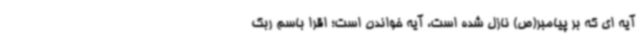
آیه ای که بر پیامبر(ص) نازل شده است، آیه خواندن است؛ اقرا باسم ربک